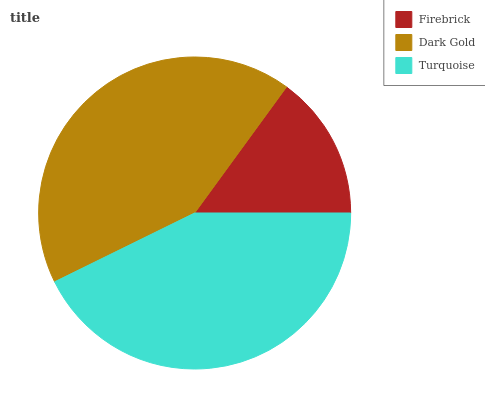
| Firebrick | Dark Gold | Turquoise |
 | --- | --- | --- |
 | 15% | 42.3% | 42.7% |